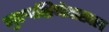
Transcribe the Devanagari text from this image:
गुरुदक्षिणेदाखल